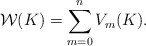
\begin{align*}\mathcal{W}(K) = \sum_{m=0}^n V_m(K).\end{align*}